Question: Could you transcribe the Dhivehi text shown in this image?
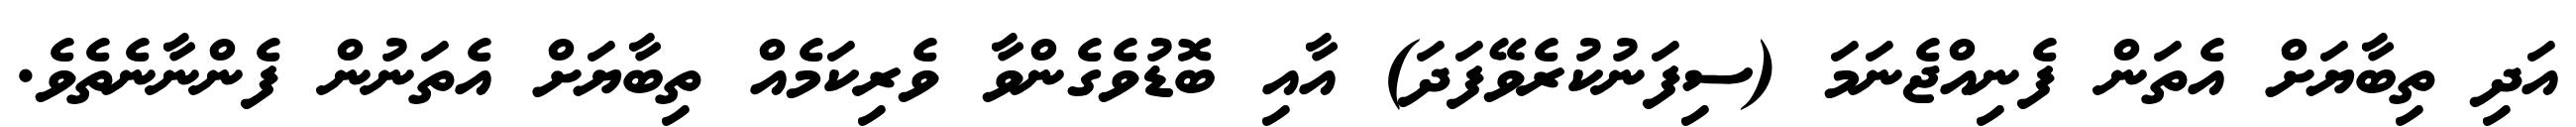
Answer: އަދި ތިބާޔަށް އެތަން ފެނިއްޖެނަމަ (ސިފަނުކުރެވޭފަދަ) އާއި ބޮޑުވެގެންވާ ވެރިކަމެއް ތިބާޔަށް އެތަނުން ފެންނާނެތެވެ.